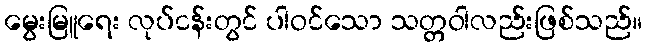
မွေးမြူရေး လုပ်ငန်းတွင် ပါဝင်သော သတ္တဝါလည်းဖြစ်သည်။